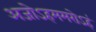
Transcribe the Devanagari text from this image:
अजोऽहममरोऽहं